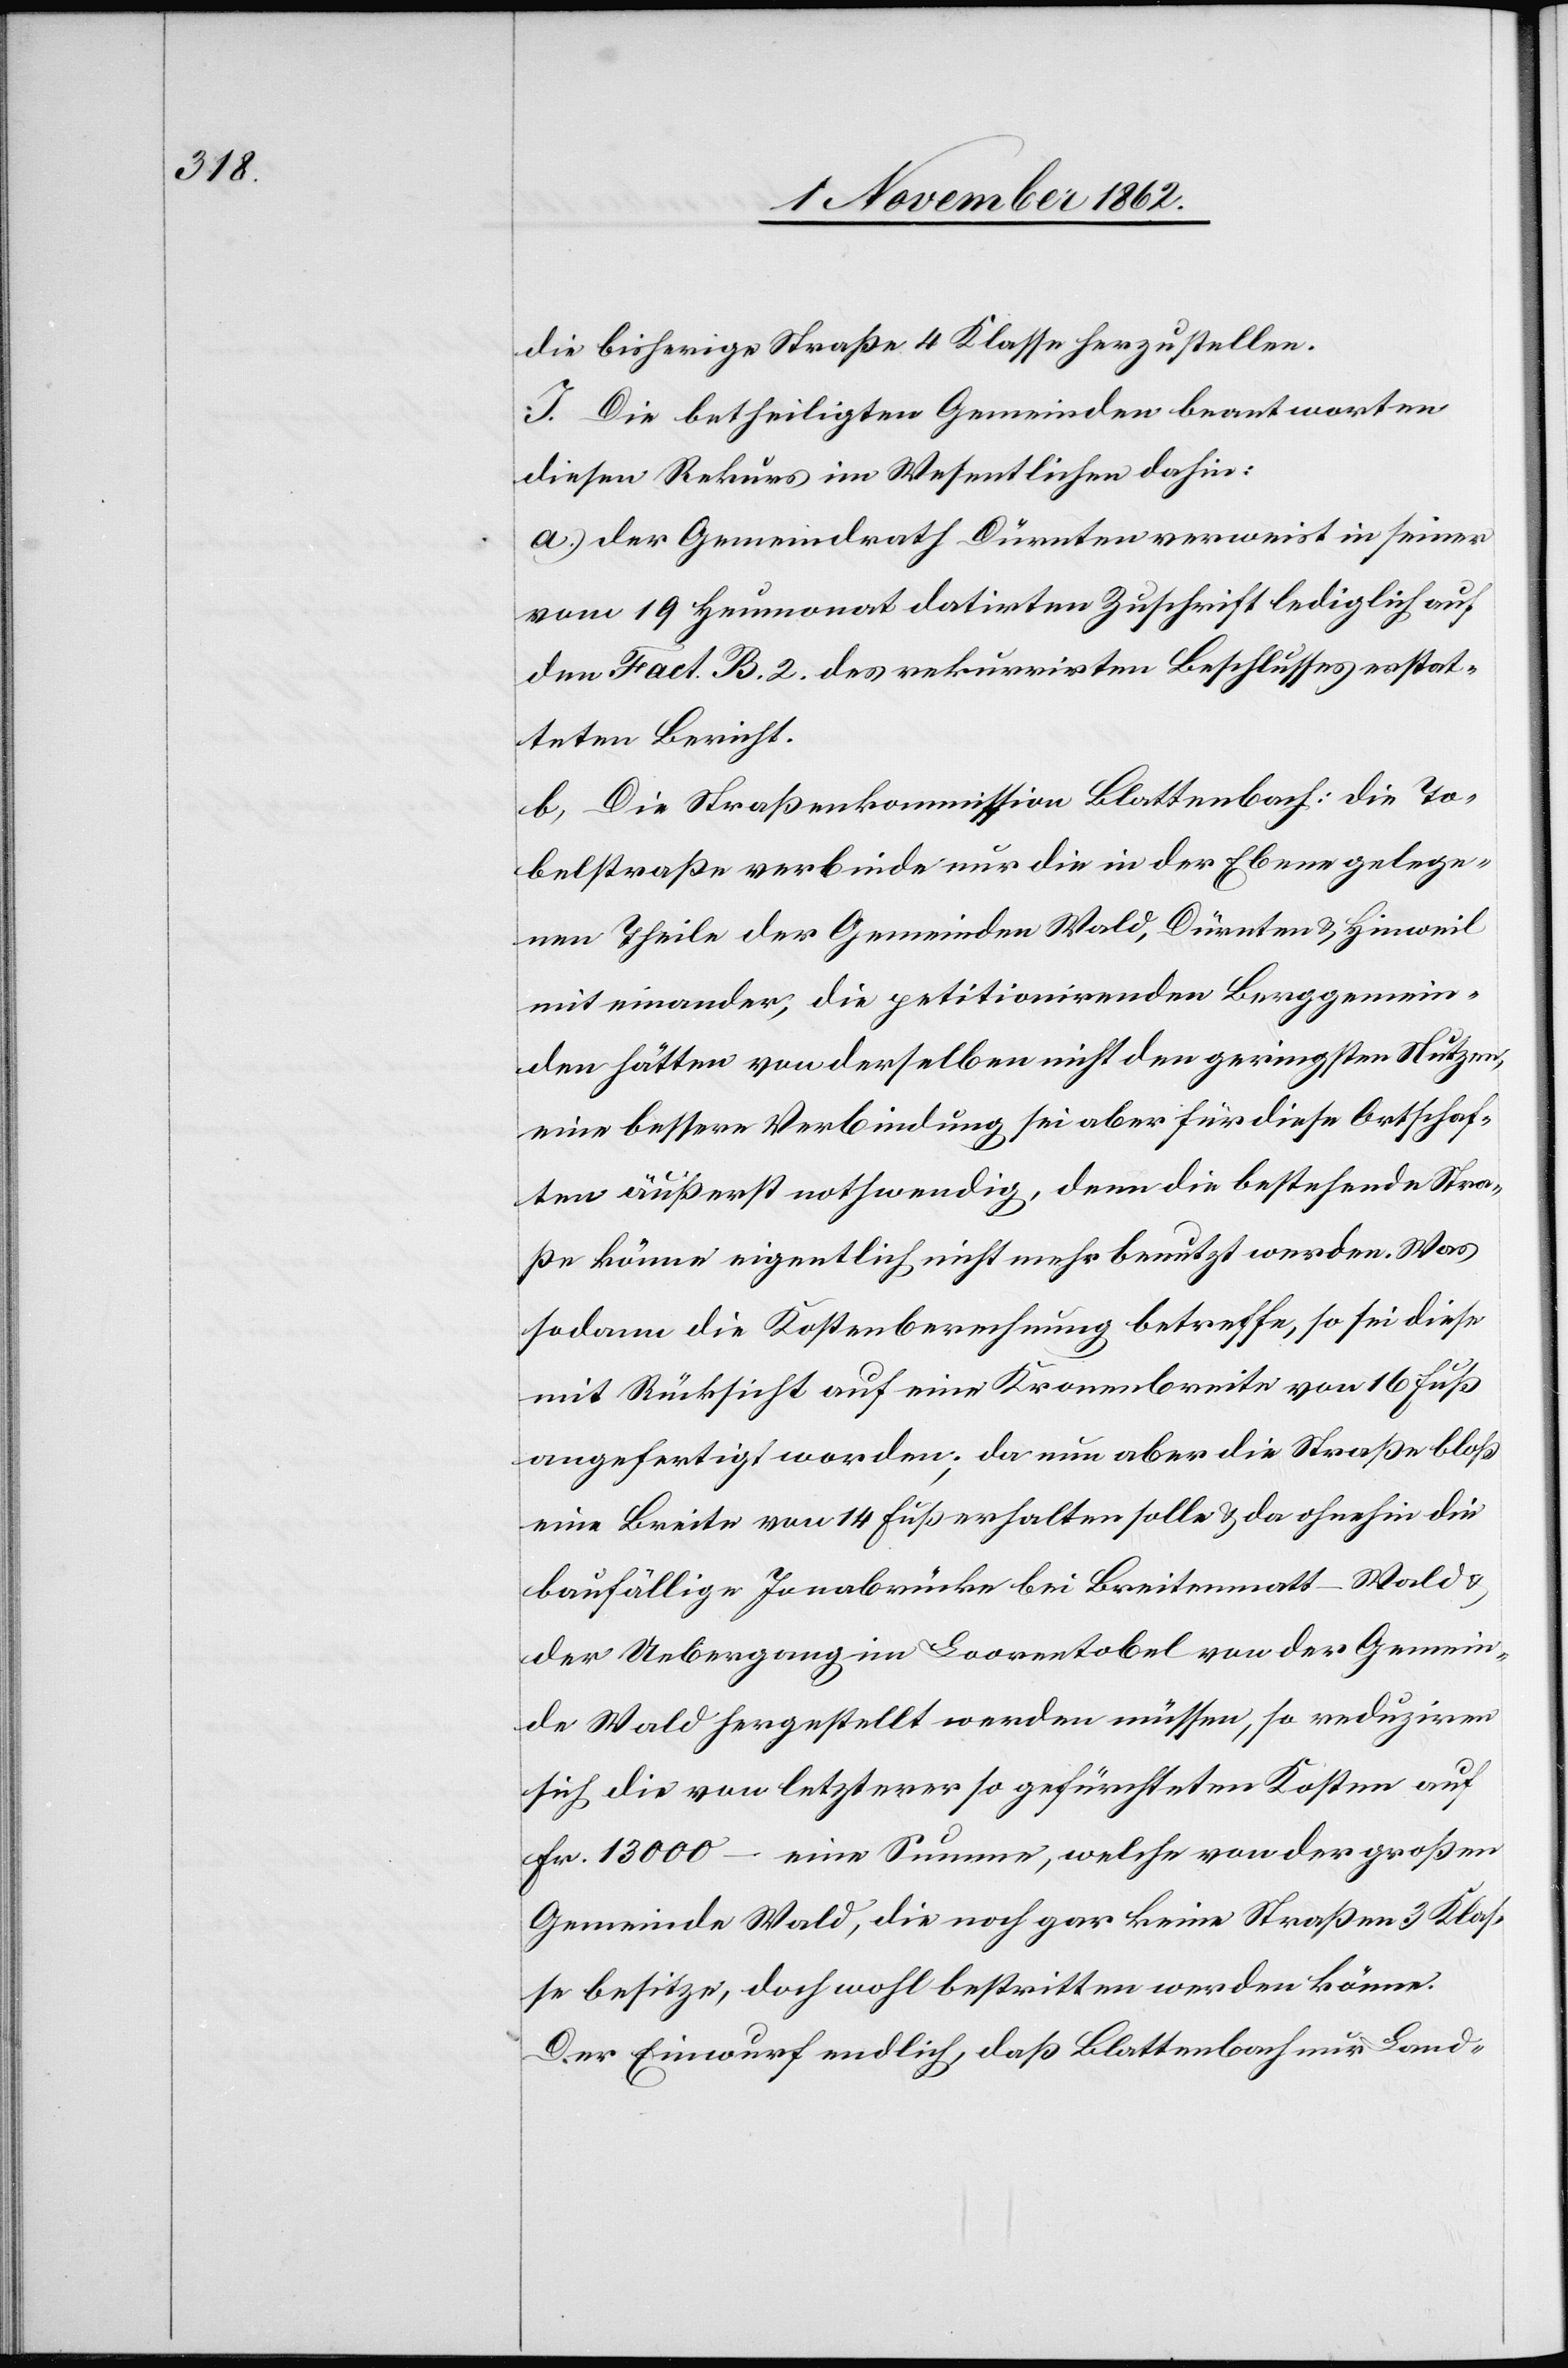
die bisherige Straße 4 Klasse herzustellen.
J. Die betheiligten Gemeinden beantworten
diesen Rekurs im Wesentlichen dahin:
a) der Gemeindrath Dürnten verweist in seiner
vom 19. Heumonat datirten Zuschrift lediglich auf
den Fact. B. 2. des rekurrirten Beschlusses erstat¬
teten Bericht.
b) Die Straßenkommission Blattenbach: Die To¬
belstraße verbinde nur die in der Ebene gelege¬
nen Theile der Gemeinden Wald, Dürnten u. Hinweil
miteinander, die petitionirenden Berggemein¬
den hätten von derselben nicht den geringsten Nutzen,
eine bessere Verbindung sei aber für diese Ortschaf¬
ten äußerst nothwendig, denn die bestehende Stra¬
ße könne eigentlich nicht mehr benutzt werden. Was
sodann die Kostenberechnung betreffe, so sei diese
mit Rücksicht auf eine Kronenbreite von 16 Fuß
angefertigt worden; da nun aber die Straße bloß
eine Breite von 14 Fuß erhalten solle u. da ohnehin die
baufällige Jonabrücke bei Breitenmatt–Wald u.
der Uebergang im Loorentobel von der Gemein¬
de Wald hergestellt werden müssen, so reduziren
sich die von letzterer so gefürchteten Kosten auf
Fr. 13 000 – eine Summe, welche von der großen
Gemeinde Wald, die noch gar keine Straßen 3. Klas¬
se besitze, doch wohl bestritten werden könne.
Der Einwurf endlich, daß Blattenbach nur Land-